Annual administration and progress report of the Indian Medical Department, Bombay
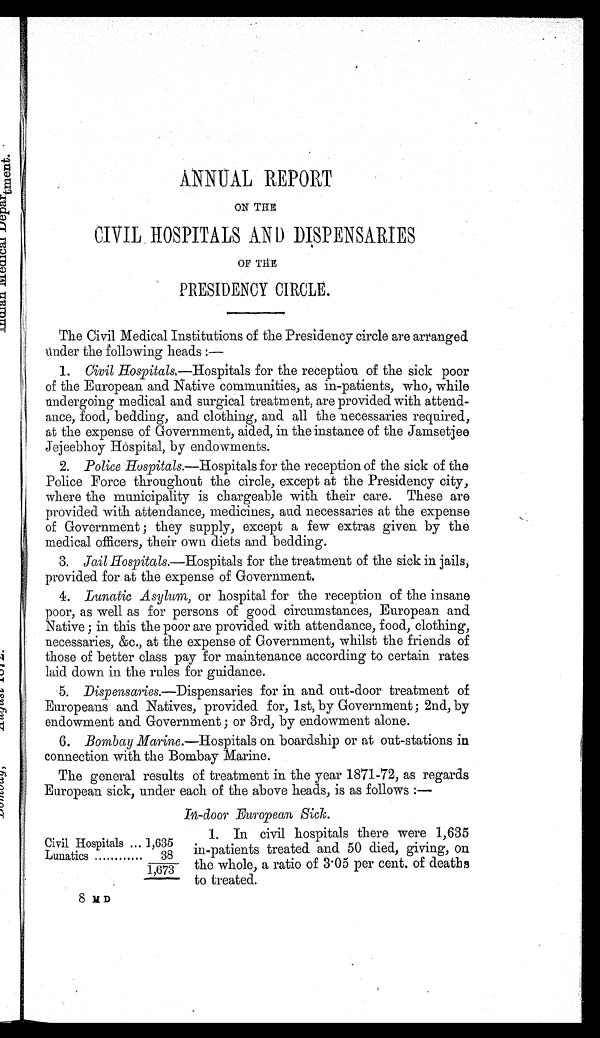
ANNUAL REPORT
ON THE
CIVIL HOSPITALS AND DISPENSARIES
OF THE
PRESIDENCY CIRCLE.
The Civil Medical Institutions of the Presidency circle are arranged
under the following heads :
—
1. Civil Hospitals. —Hospitals for the reception of the sick poor
of the European and Native communities, as in-patients, who, while
undergoing medical and surgical treatment, are provided with attend-
ance, food, bedding, and clothing, and all the necessaries required,
at the expense of Government, aided, in the instance of the Jamsetjee
Jejeebhoy Hospital, by endowments.
2. Police Hospitals.—Hospitals for the reception of the sick of the
Police Force throughout the circle, except at the Presidency city,
where the municipality is chargeable with their care. These are
provided with attendance, medicines, and necessaries at the expense
of Government ; they supply, except a few extras given by the
medical officers, their own diets and bedding.
3. Jail Hospitals.—Hospitals for the treatment of the sick in jails,
provided for at the expense of Government.
4. Lunatic Asylum, or hospital for the reception of the insane
poor, as well as for persons of good circumstances, European and
Native ; in this the poor are provided with attendance, food, clothing,
necessaries, &c., at the expense of Government, whilst the friends of
those of better class pay for maintenance according to certain rates
laid down in the rules for guidance.
5. Dispensaries.—Dispensaries for in and out-door treatment of
Europeans and Natives, provided for, 1st, by Government; 2nd, by
endowment and Government ; or 3rd, by endowment alone.
6. Bombay Marine. —Hospitals on boardship or at out-stations in
connection with the Bombay Marine.
The general results of treatment in the year 1871-72, as regards
European sick, under each of the above heads, is as follows :—
In-door European Sick.
Civil Hospitals ... 1,635
Lunatics ............
38
1 673
8 M D
1. In civil hospitals there were 1,635
in-patients treated and 50 died, giving, on
the whole, a ratio of 3.05 per cent. of deaths
to treated.